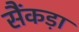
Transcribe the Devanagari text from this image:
सैंकड़ा